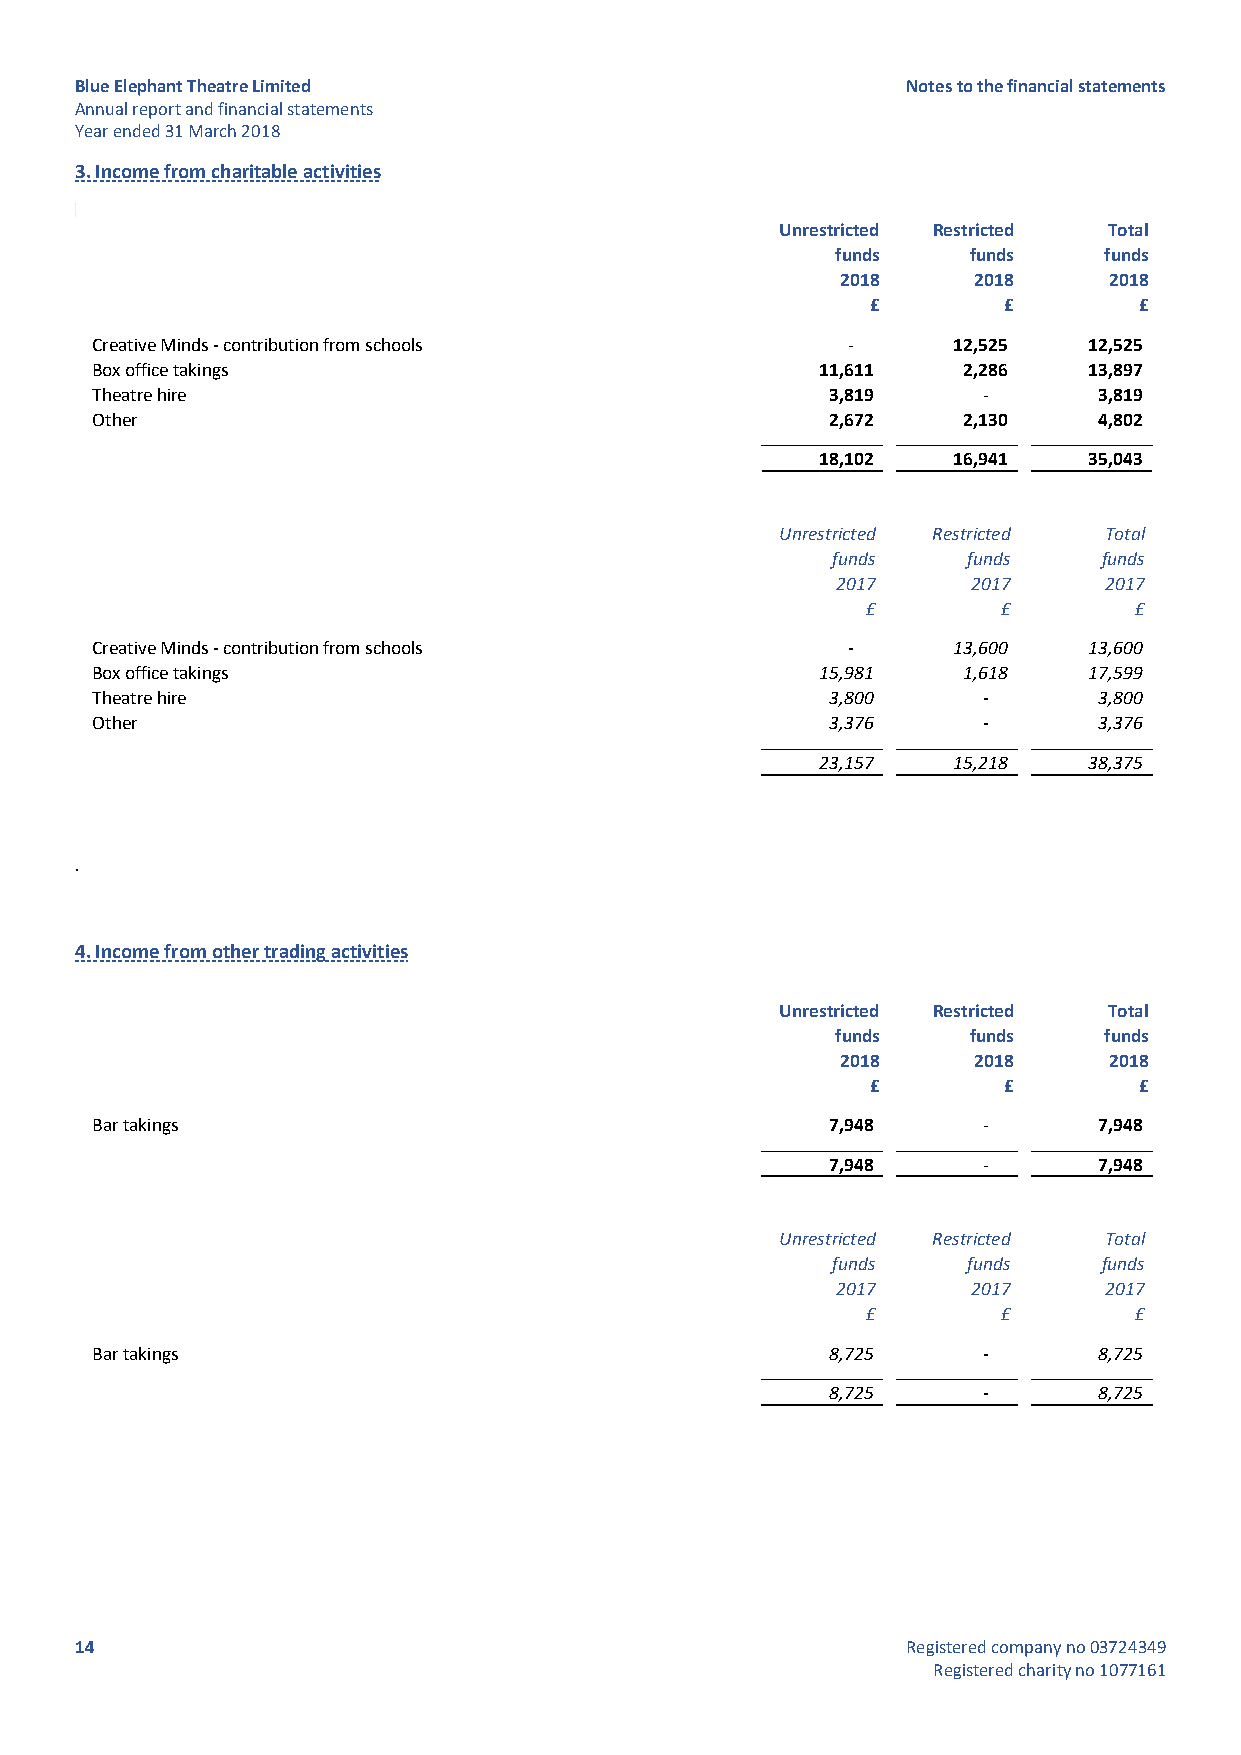
Blue Elephant Theatre Limited                          Notes to the financial statements
 Annual report and financial statements
 Year ended 31 March 2018
 3. Income from charitable activities
 Unrestricted Restricted Total
 funds    funds    funds
 2018    2018     2018
 £       £        £
 Creative Minds - contribution from schools        -      12,525   12,525
 Box office takings                              11,611    2,286   13,897
 Theatre hire                                     3,819     -       3,819
 Other                                            2,672    2,130    4,802
 1 8,102  1 6,941  3 5,043
 Unrestricted Restricted Total
 funds    funds    funds
 2017     2017     2017
 £        £        £
 Creative Minds - contribution from schools        -      13,600   13,600
 Box office takings                              15,981    1,618   17,599
 Theatre hire                                     3,800     -       3,800
 Other                                            3,376     -       3,376
 23,157   15,218   38,375
 .
 4. Income from other trading activities
 Unrestricted Restricted Total
 funds    funds    funds
 2018    2018     2018
 £       £        £
 Bar takings                                      7,948     -       7,948
 7 ,948    -       7 ,948
 Unrestricted Restricted Total
 funds    funds    funds
 2017     2017     2017
 £        £        £
 Bar takings                                      8,725     -       8,725
 8,725     -       8,725
 14                                                     Registered company no 03724349
 Registered charity no 1077161